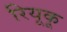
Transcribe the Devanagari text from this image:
रियूकू